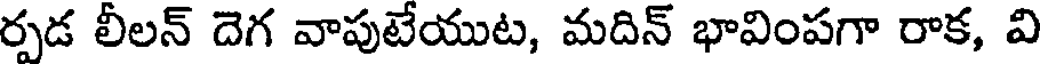
ర్పడ లీలన్ దెగ వాపుటేయుట, మదిన్ భావింపగా రాక, వి